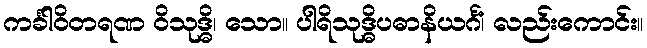
ကင်္ခါဝိတရဏ ဝိသုဒ္ဓိ၊ သော။ ပါရိသုဒ္ဓိပဓာနိယင်္ဂံ၊ လည်းကောင်း။